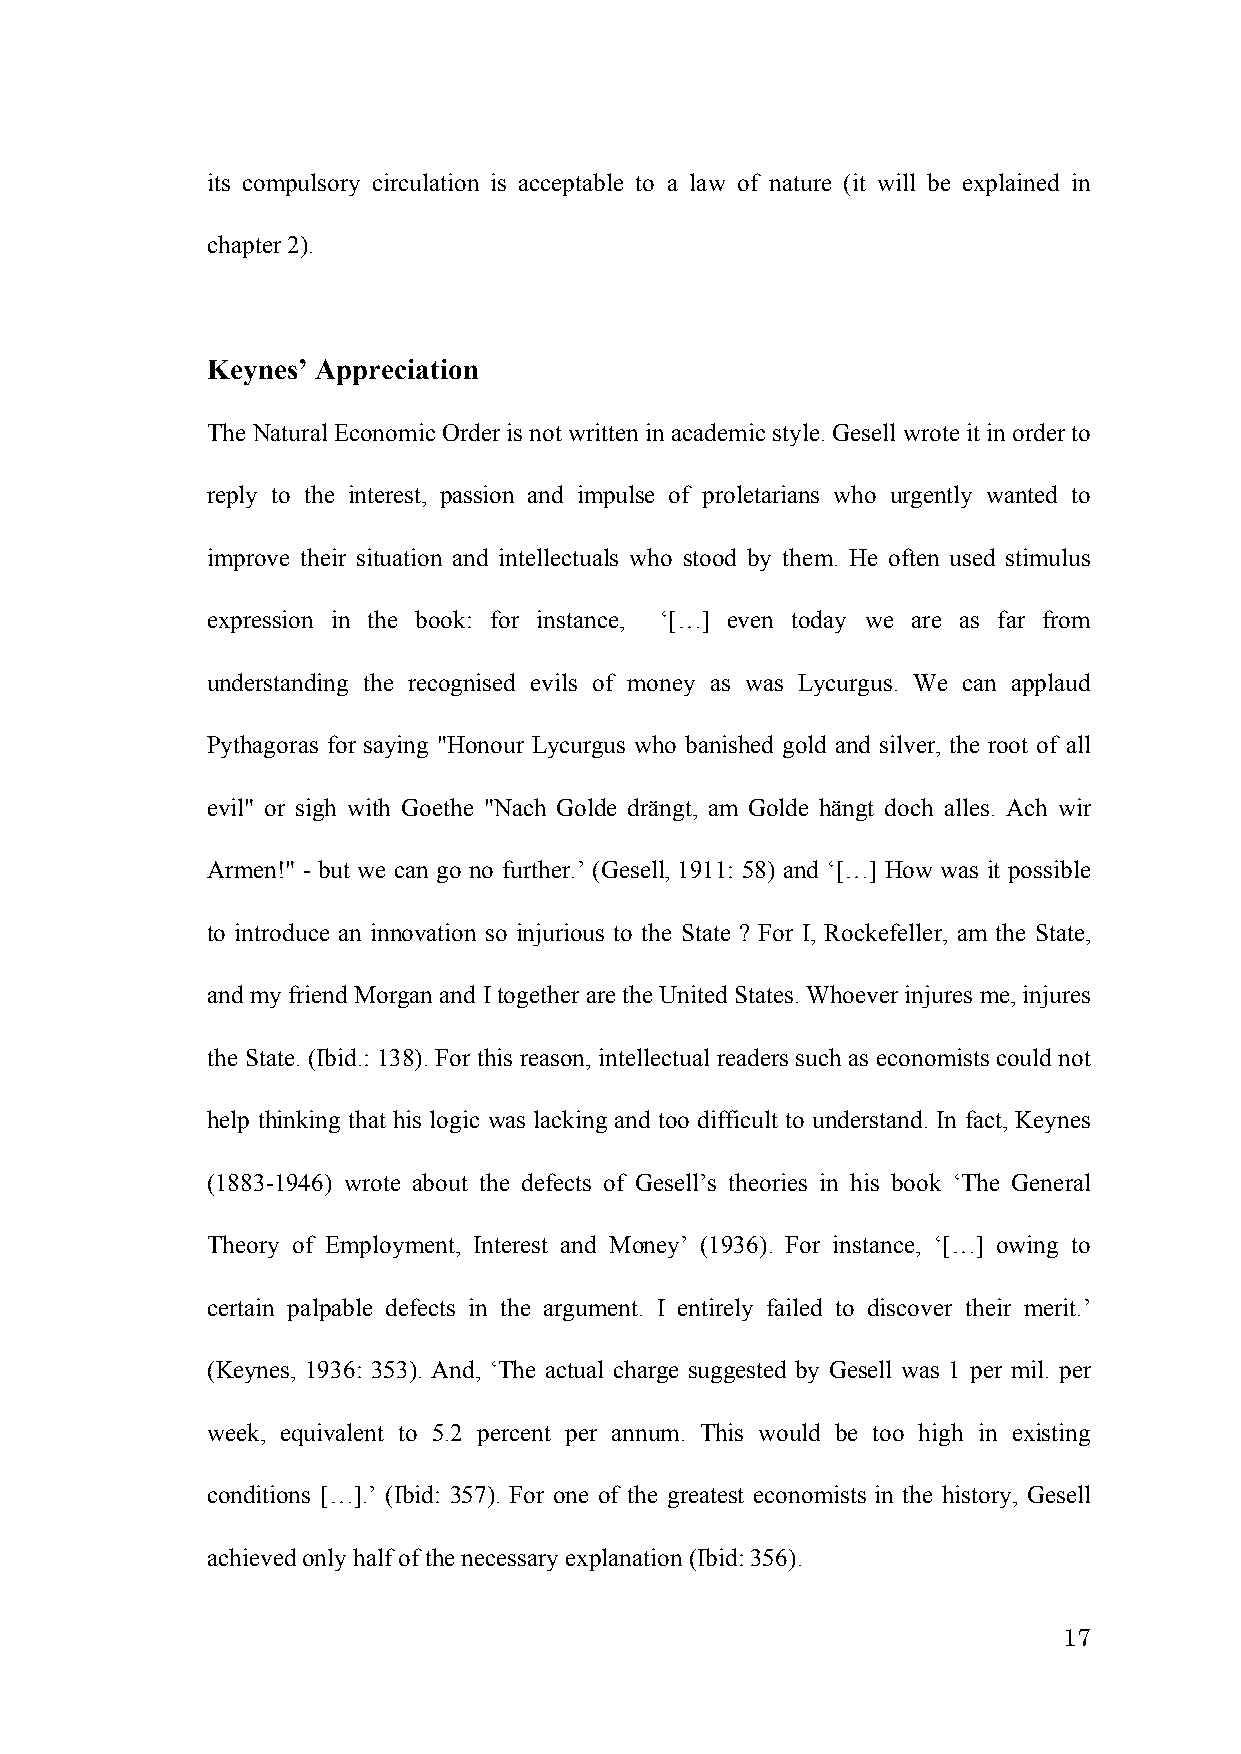
its compulsory circulation is acceptable to a law of nature (it will be explained in
 chapter 2).
 Keynes’ Appreciation
 The Natural Economic Order is not written in academic style. Gesell wrote it in order to
 reply to the interest, passion and impulse of proletarians who urgently wanted to
 improve their situation and intellectuals who stood by them. He often used stimulus
 expression in the book: for instance, ‘[…] even today we are as far from
 understanding the recognised evils of money as was Lycurgus. We can applaud
 Pythagoras for saying "Honour Lycurgus who banished gold and silver, the root of all
 evil" or sigh with Goethe "Nach Golde drängt, am Golde hängt doch alles. Ach wir
 Armen!" - but we can go no further.’ (Gesell, 1911: 58) and ‘[…] How was it possible
 to introduce an innovation so injurious to the State ? For I, Rockefeller, am the State,
 and my friend Morgan and I together are the United States. Whoever injures me, injures
 the State. (Ibid.: 138). For this reason, intellectual readers such as economists could not
 help thinking that his logic was lacking and too difficult to understand. In fact, Keynes
 (1883-1946) wrote about the defects of Gesell’s theories in his book ‘The General
 Theory of Employment, Interest and Money’ (1936). For instance, ‘[…] owing to
 certain palpable defects in the argument. I entirely failed to discover their merit.’
 (Keynes, 1936: 353). And, ‘The actual charge suggested by Gesell was 1 per mil. per
 week, equivalent to 5.2 percent per annum. This would be too high in existing
 conditions […].’ (Ibid: 357). For one of the greatest economists in the history, Gesell
 achieved only half of the necessary explanation (Ibid: 356).
 17